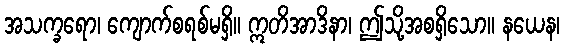
အသက္ခရော၊ ကျောက်စရစ်မရှိ။ ဣတိအာဒိနာ၊ ဤသို့အစရှိသော။ နယေန၊